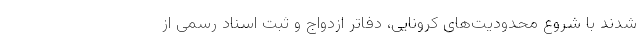
شدند با شروع محدودیت‌های کرونایی، دفاتر ازدواج و ثبت اسناد رسمی از